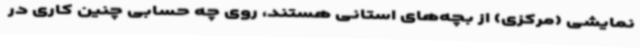
نمایشی (مرکزی) از بچه‌های استانی هستند، روی چه حسابی چنین کاری در